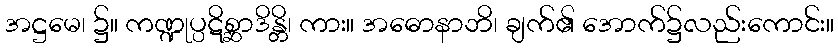
အဋ္ဌမေ၊ ၌။ ကဏ္ဍုပ္ပဋိစ္ဆာဒိန္တိ၊ ကား။ အဓောနာဘိ၊ ချက်၏ အောက်၌လည်းကောင်း။